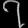
Digit: ၇